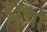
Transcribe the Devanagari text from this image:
ढांचो